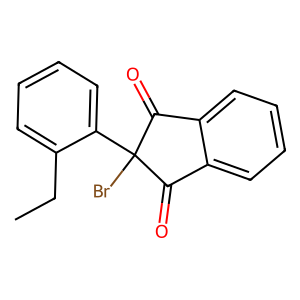
SMILES: CCc1ccccc1C1(Br)C(=O)c2ccccc2C1=O
Inhibits HIV replication: No